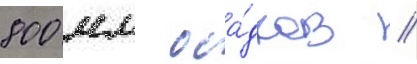
800 мм оса́дков //